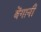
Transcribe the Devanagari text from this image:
बेंगानी